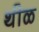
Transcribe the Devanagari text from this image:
थीळ